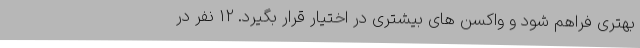
بهتری فراهم شود و واکسن های بیشتری در اختیار قرار بگیرد. 12 نفر در